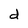
Character: d